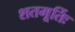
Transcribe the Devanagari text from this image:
शतमूर्तिः